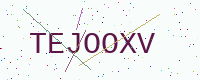
Text: TEJOOXV